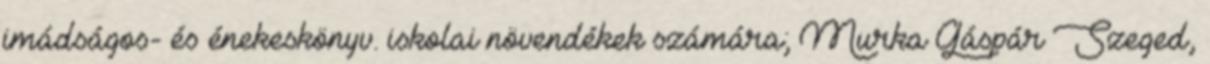
imádságos- és énekeskönyv. iskolai növendékek számára; Murka Gáspár Szeged,